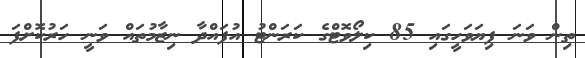
ތިން ވަނަ ފިޔަވަހީގައި 85 ކިލޯވޮޓްގެ ކަރަންޓު އުފައްދާ ނިޒާމުތައް ވަނީ ހަރުކޮށްފަ